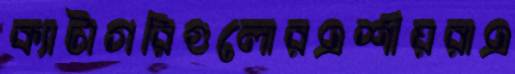
ক্যাটাগরিগুলোরএশীয়রাএ